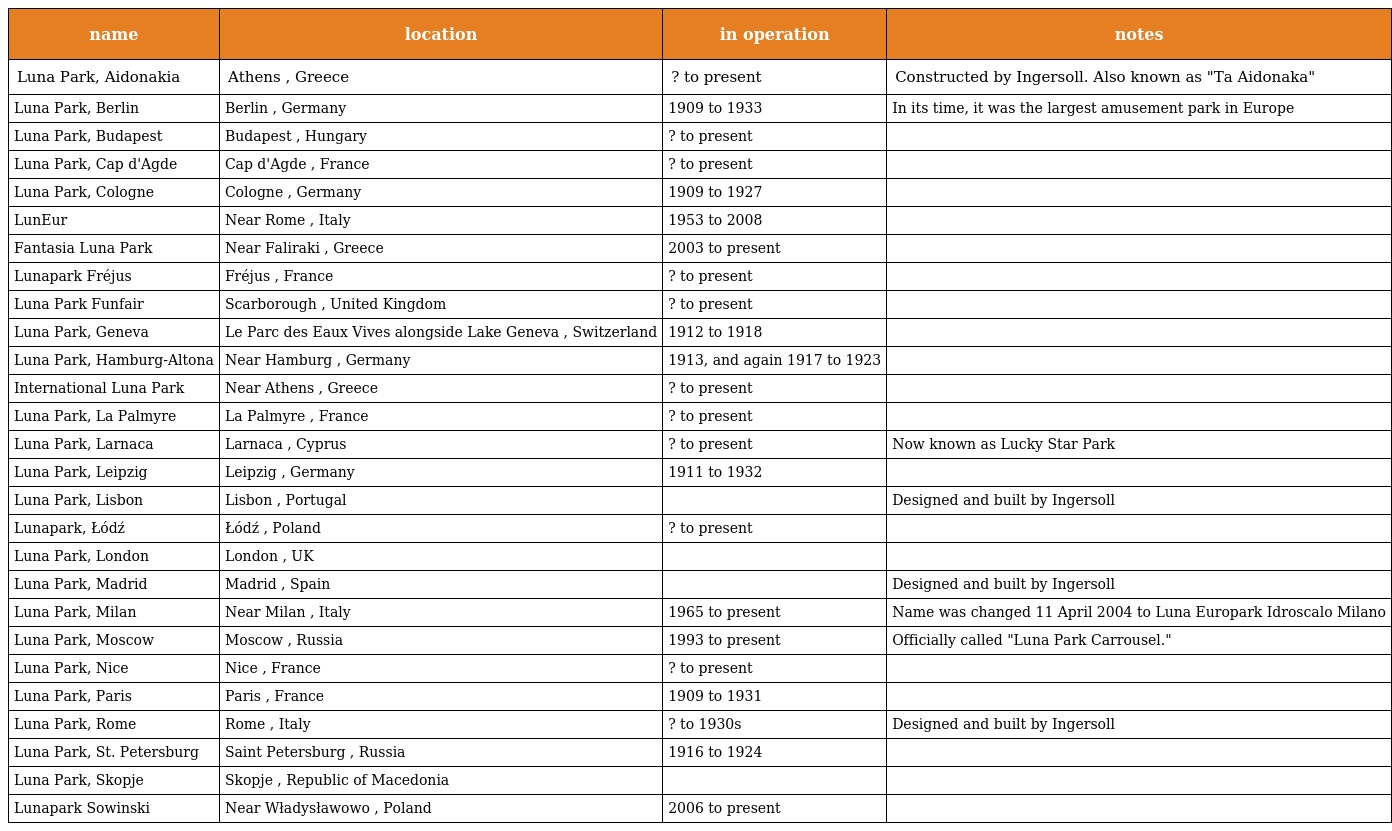
| name | location | in operation | notes |
 | --- | --- | --- | --- |
 | Luna Park, Aidonakia | Athens , Greece | ? to present | Constructed by Ingersoll. Also known as "Ta Aidonaka" |
 | Luna Park, Berlin | Berlin , Germany | 1909 to 1933 | In its time, it was the largest amusement park in Europe |
 | Luna Park, Budapest | Budapest , Hungary | ? to present |  |
 | Luna Park, Cap d'Agde | Cap d'Agde , France | ? to present |  |
 | Luna Park, Cologne | Cologne , Germany | 1909 to 1927 |  |
 | LunEur | Near Rome , Italy | 1953 to 2008 |  |
 | Fantasia Luna Park | Near Faliraki , Greece | 2003 to present |  |
 | Lunapark Fréjus | Fréjus , France | ? to present |  |
 | Luna Park Funfair | Scarborough , United Kingdom | ? to present |  |
 | Luna Park, Geneva | Le Parc des Eaux Vives alongside Lake Geneva , Switzerland | 1912 to 1918 |  |
 | Luna Park, Hamburg-Altona | Near Hamburg , Germany | 1913, and again 1917 to 1923 |  |
 | International Luna Park | Near Athens , Greece | ? to present |  |
 | Luna Park, La Palmyre | La Palmyre , France | ? to present |  |
 | Luna Park, Larnaca | Larnaca , Cyprus | ? to present | Now known as Lucky Star Park |
 | Luna Park, Leipzig | Leipzig , Germany | 1911 to 1932 |  |
 | Luna Park, Lisbon | Lisbon , Portugal |  | Designed and built by Ingersoll |
 | Lunapark, Łódź | Łódź , Poland | ? to present |  |
 | Luna Park, London | London , UK |  |  |
 | Luna Park, Madrid | Madrid , Spain |  | Designed and built by Ingersoll |
 | Luna Park, Milan | Near Milan , Italy | 1965 to present | Name was changed 11 April 2004 to Luna Europark Idroscalo Milano |
 | Luna Park, Moscow | Moscow , Russia | 1993 to present | Officially called "Luna Park Carrousel." |
 | Luna Park, Nice | Nice , France | ? to present |  |
 | Luna Park, Paris | Paris , France | 1909 to 1931 |  |
 | Luna Park, Rome | Rome , Italy | ? to 1930s | Designed and built by Ingersoll |
 | Luna Park, St. Petersburg | Saint Petersburg , Russia | 1916 to 1924 |  |
 | Luna Park, Skopje | Skopje , Republic of Macedonia |  |  |
 | Lunapark Sowinski | Near Władysławowo , Poland | 2006 to present |  |